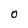
Character: 0